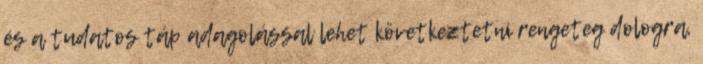
és a tudatos táp adagolással lehet következtetni rengeteg dologra,